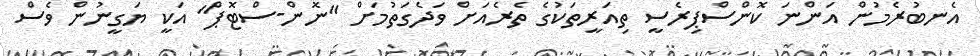
އެނބުރެމުން އަންނަ ކޮންސްޕިރެސީ ތިއަރީތަކުގެ ތެރެއަށް ވަދެގަތުމަށް "ނޮން-ސްޓޮޕް" އަކީ ޔަގީނުން ވެސް